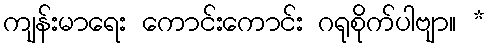
ကျန်းမာရေး ကောင်းကောင်း ဂရုစိုက်ပါဗျာ။ *